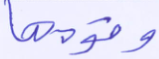
وقومها